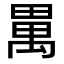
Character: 𤲳